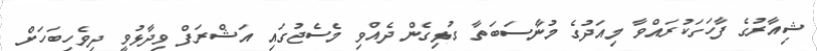
ޝިއާރުގެ ފާހަގަކުރައްވާ މިއަދުގެ މުނާސަބަތާ ގުޅިގެން ދެއްވި މެސެޖުގައި އަޝްރަފް ވިދާޅުވީ ދިވެހިބަހަށް